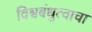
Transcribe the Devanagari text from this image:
विश्वबंधुत्वाचा